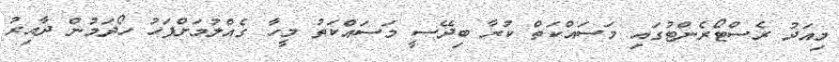
މިއަދު ރެސްޓޯރެންޓުގައި މަސައްކަތް ކުރާ ބިދޭސީ މަސައްކަތު މީހާ ގެއްލުމަށްފަހު ހޯދަމުން ދާއިރު